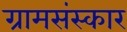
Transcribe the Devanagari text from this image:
ग्रामसंस्कार